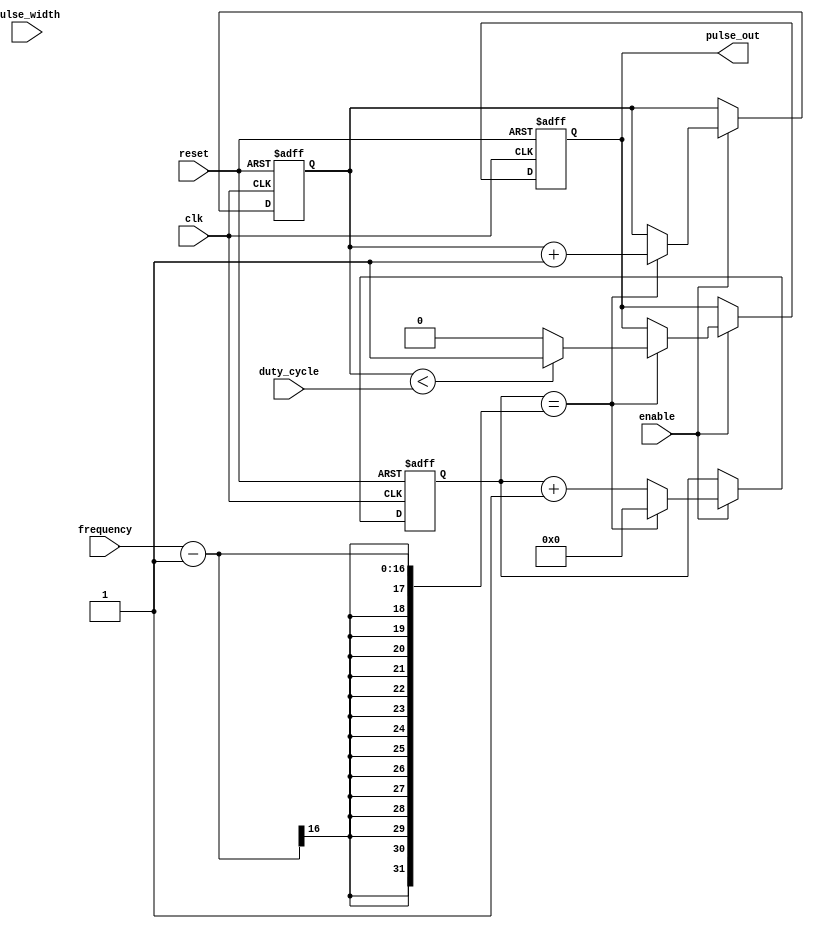
module PulseGenerator (
    input wire clk,     // external clock signal
    input wire reset,   // reset signal
    input wire enable,  // enable signal
    input wire [7:0] pulse_width,  // programmable pulse width
    input wire [7:0] duty_cycle,   // programmable duty cycle
    input wire [15:0] frequency,   // programmable frequency
    
    output reg pulse_out  // output pulse signal
);

reg [15:0] count;
reg [7:0] pulse_count;

always @(posedge clk or posedge reset) begin
    if (reset) begin
        count <= 16'h0000;
        pulse_count <= 8'h00;
        pulse_out <= 1'b0;
    end else if (enable) begin
        if (count == frequency - 1) begin
            count <= 16'h0000;
            pulse_count <= pulse_count + 1;
            if (pulse_count < duty_cycle) begin
                pulse_out <= 1'b1;
            end else begin
                pulse_out <= 1'b0;
            end
        end else begin
            count <= count + 1;
        end
    end
end

endmodule